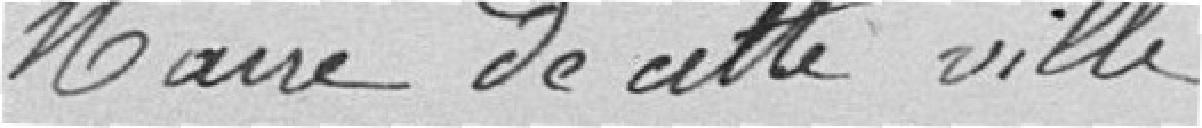
Maire de cette ville